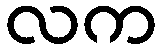
လက